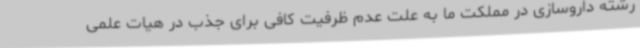
رشته داروسازی در مملکت ما به علت عدم ظرفیت کافی برای جذب در هیات علمی